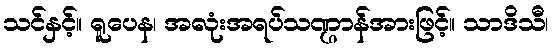
သင်နှင့်။ ရူပေန၊ အလုံးအရပ်သဏ္ဌာန်အားဖြင့်။ သာဒိသီ၊